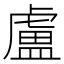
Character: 盧